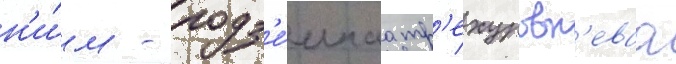
н'и́м - подз'е́мнаа тр'ехуровн'еваа